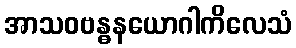
အာသဝဗန္ဓနယောဂါကိလေသံ